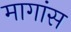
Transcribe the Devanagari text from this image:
मागांस